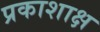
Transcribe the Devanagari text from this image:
प्रकाशाक्ष